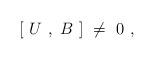
LaTeX: \begin{align*}[\ U\ ,\ B\ ]\ \ne\ 0\ ,\end{align*}